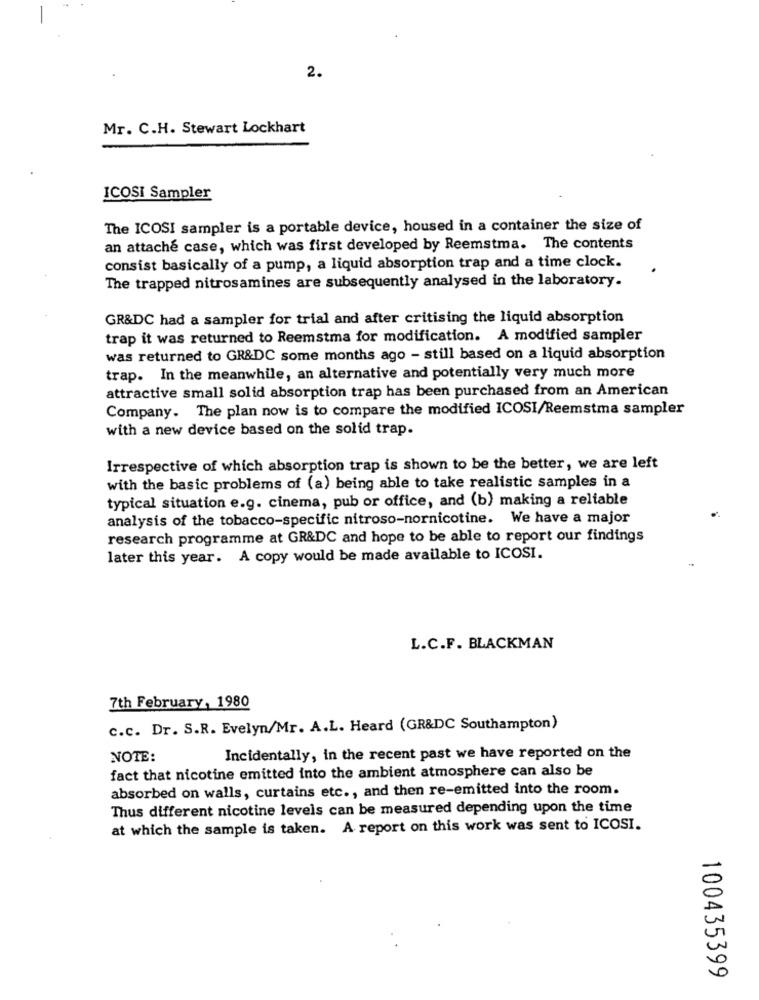
2.
Mr. C.H. Stewart Lockhart
ICOSI Sampler
The ICOSI sampler is a portable device, housed in a container the size of
an attaché case, which was first developed by Reemstma. The contents
consist basically of a pump, a liquid absorption trap and a time clock.
The trapped nitrosamines are subsequently analysed in the laboratory.
GR&DC had a sampler for trial and after critising the liquid absorption
trap it was returned to Reemstma for modification. A modified sampler
was returned to GR&DC some months ago - still based on a liquid absorption
trap. In the meanwhile, an alternative and potentially very much more
attractive small solid absorption trap has been purchased from an American
Company. The plan now is to compare the modified ICOSI/Reemstma sampler
with a new device based on the solid trap.
Irrespective of which absorption trap is shown to be the better, we are left
with the basic problems of (a) being able to take realistic samples in a
typical situation e.g. cinema, pub or office, and (b) making a reliable
analysis of the tobacco-specific nitroso-nornicotine. We have a major
research programme at GR&DC and hope to be able to report our findings
later this year. A copy would be made available to ICOSI.
L.C.F. BLACKMAN
7th February, 1980
c.c. Dr. S.R. Evelyn/Mr. A.L. Heard (GR&DC Southampton)
NOTE:
Incidentally, in the recent past we have reported on the
fact that nicotine emitted into the ambient atmosphere can also be
absorbed on walls, curtains etc ., and then re-emitted into the room.
Thus different nicotine levels can be measured depending upon the time
at which the sample is taken. A report on this work was sent to ICOSI.
100435399